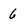
Character: 6